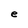
Character: e